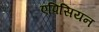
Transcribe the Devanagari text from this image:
एपिसियन